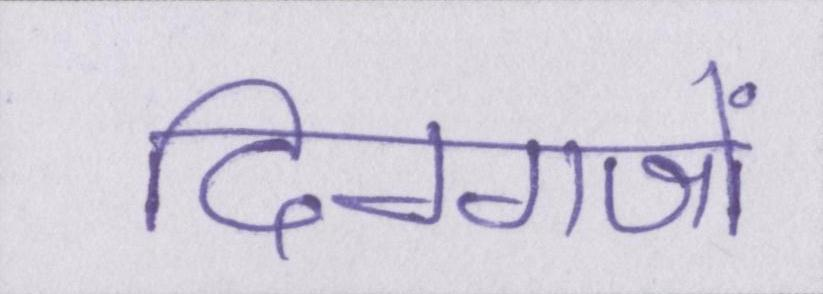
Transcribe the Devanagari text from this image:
दिग्गजों